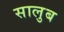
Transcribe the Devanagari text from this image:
सालुब